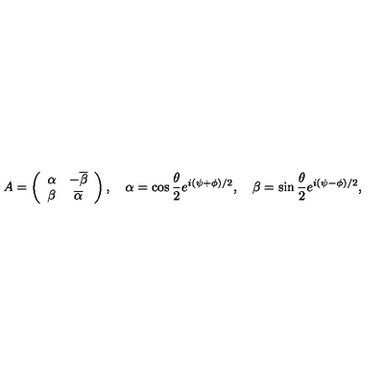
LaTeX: A = \left( \begin{array} { c c } { \alpha } & { - \overline { { \beta } } } \\ { \beta } & { \overline { { \alpha } } } \\ \end{array} \right) , \quad \alpha = \cos { \frac { \theta } { 2 } } e ^ { i ( \psi + \phi ) / 2 } , \quad \beta = \sin { \frac { \theta } { 2 } } e ^ { i ( \psi - \phi ) / 2 } ,